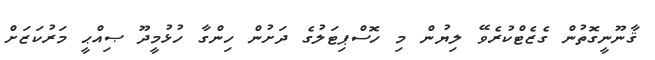
ޤާނޫނީގޮތުން ގެޒެޓްކުރެވޭ ލިޔުން މި ހޮސްޕިޓަލުގެ ދަށުން ހިންގާ ހުޅުމީދޫ ޞިއްޙީ މަރުކަޒަށް